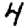
Digit: 4